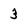
Character: 3